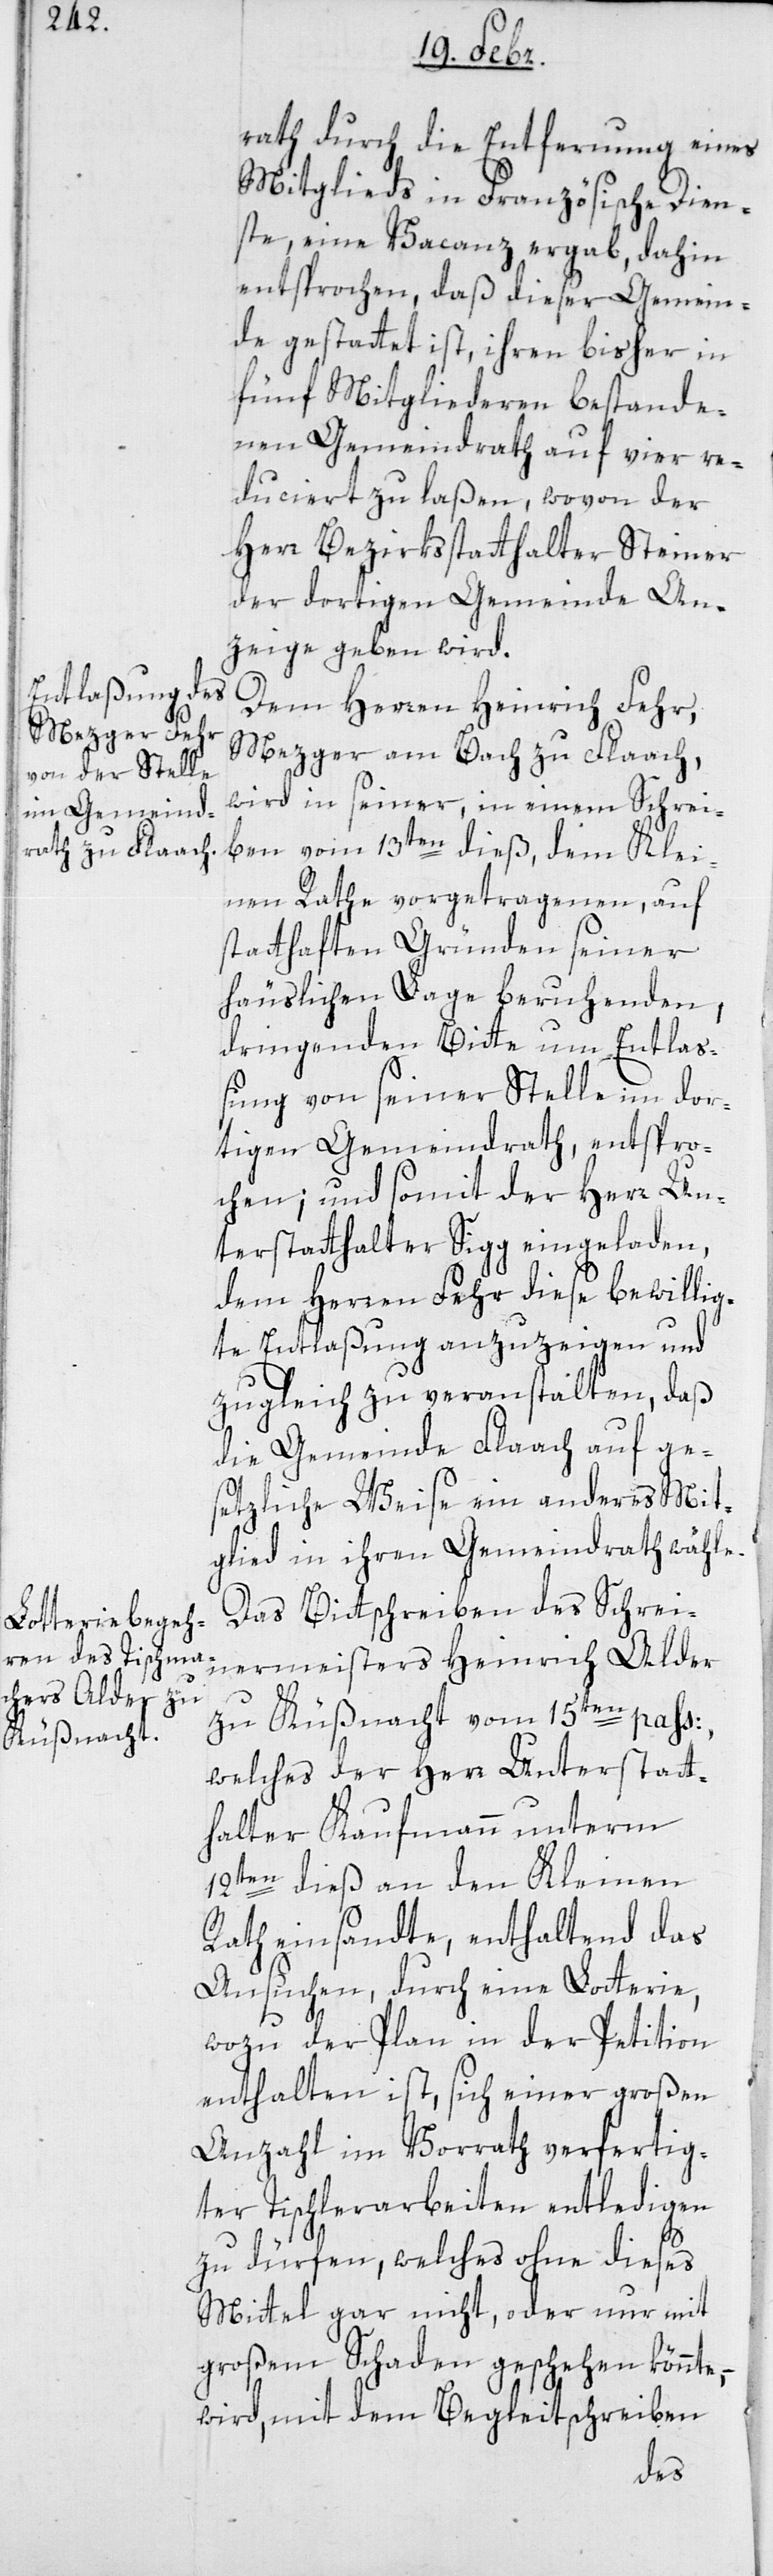
rath durch die Entfernung eines
Mitglieds in Französische Dien¬
ste eine Vacanz ergab, dahin
entsprochen, daß dieser Gemein¬
de gestattet ist, ihren bisher in
fünf Mitgliederen bestande¬
nen Gemeindrath auf vier re¬
duziert zu laßen, wovon der
Herr Bezirksstatthalter Steiner
der dortigen Gemeinde An¬
zeige geben wird.
Dem Herren Heinrich Fehr,
Mezger am Bach zu Flaach,
wird in seiner in einem Schrei¬
ben vom 13ten dieß, dem Klei¬
nen Rath vorgetragenen, auf
statthaften Gründen seiner
häuslichen Lage beruhenden
dringenden Bitte um Entlaß¬
ung von seiner Stelle im dor¬
tigen Gemeindrath, entspro¬
chen; und somit der Herr Un¬
terstatthalter Sigg eingeladen,
dem Herren Fehr diese bewillig¬
te Entlaßung anzuzeigen, und
zugleich zu veranstalten, daß
die Gemeinde Flaach auf ge¬
setzliche Weise ein anderes Mit¬
glied in ihren Gemeindrath wähle.
Das Bittschreiben des Schrei¬
nermeisters Heinrich Alder
zu Küßnacht vom 15ten pass:
welches der Herr Unterstatt¬
halter Kaufmann unterm
12ten dieß an den Kleinen
Rath einsandte, enthaltend das
Ansuchen, durch eine Lotterie,
wozu der Plan in der Petition
enthalten ist, sich einer großen
Anzahl im Vorrath verfertig¬
ter Tischlerarbeiten entledigen
zu dürfen, welches ohne dieses
Mittel gar nicht, oder nur mit
großem Schaden geschehen könnte,
wird mit dem Begleitschreiben